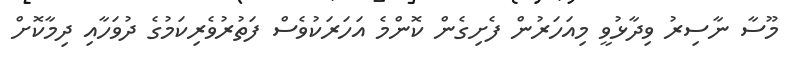
މޫސާ ނާސިރު ވިދާޅުވީ މިއަަހަރުން ފެށިގެން ކޮންމެ އަަހަރަކުވެސް ފަތުރުވެރިކަމުގެ ދުވަހާއި ދިމާކޮށް